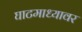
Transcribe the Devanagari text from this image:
घाटमाध्यावर